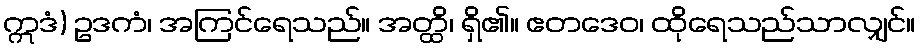
ဣဒံ) ဥဒကံ၊ အကြင်ရေသည်။ အတ္ထိ၊ ရှိ၏။ ဧတဒေဝ၊ ထိုရေသည်သာလျှင်။